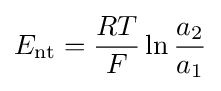
E_{\mathrm {nt} }={\frac {RT}{F}}\ln {\frac {a_{2}}{a_{1}}}